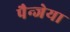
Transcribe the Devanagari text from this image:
पैन्जेया